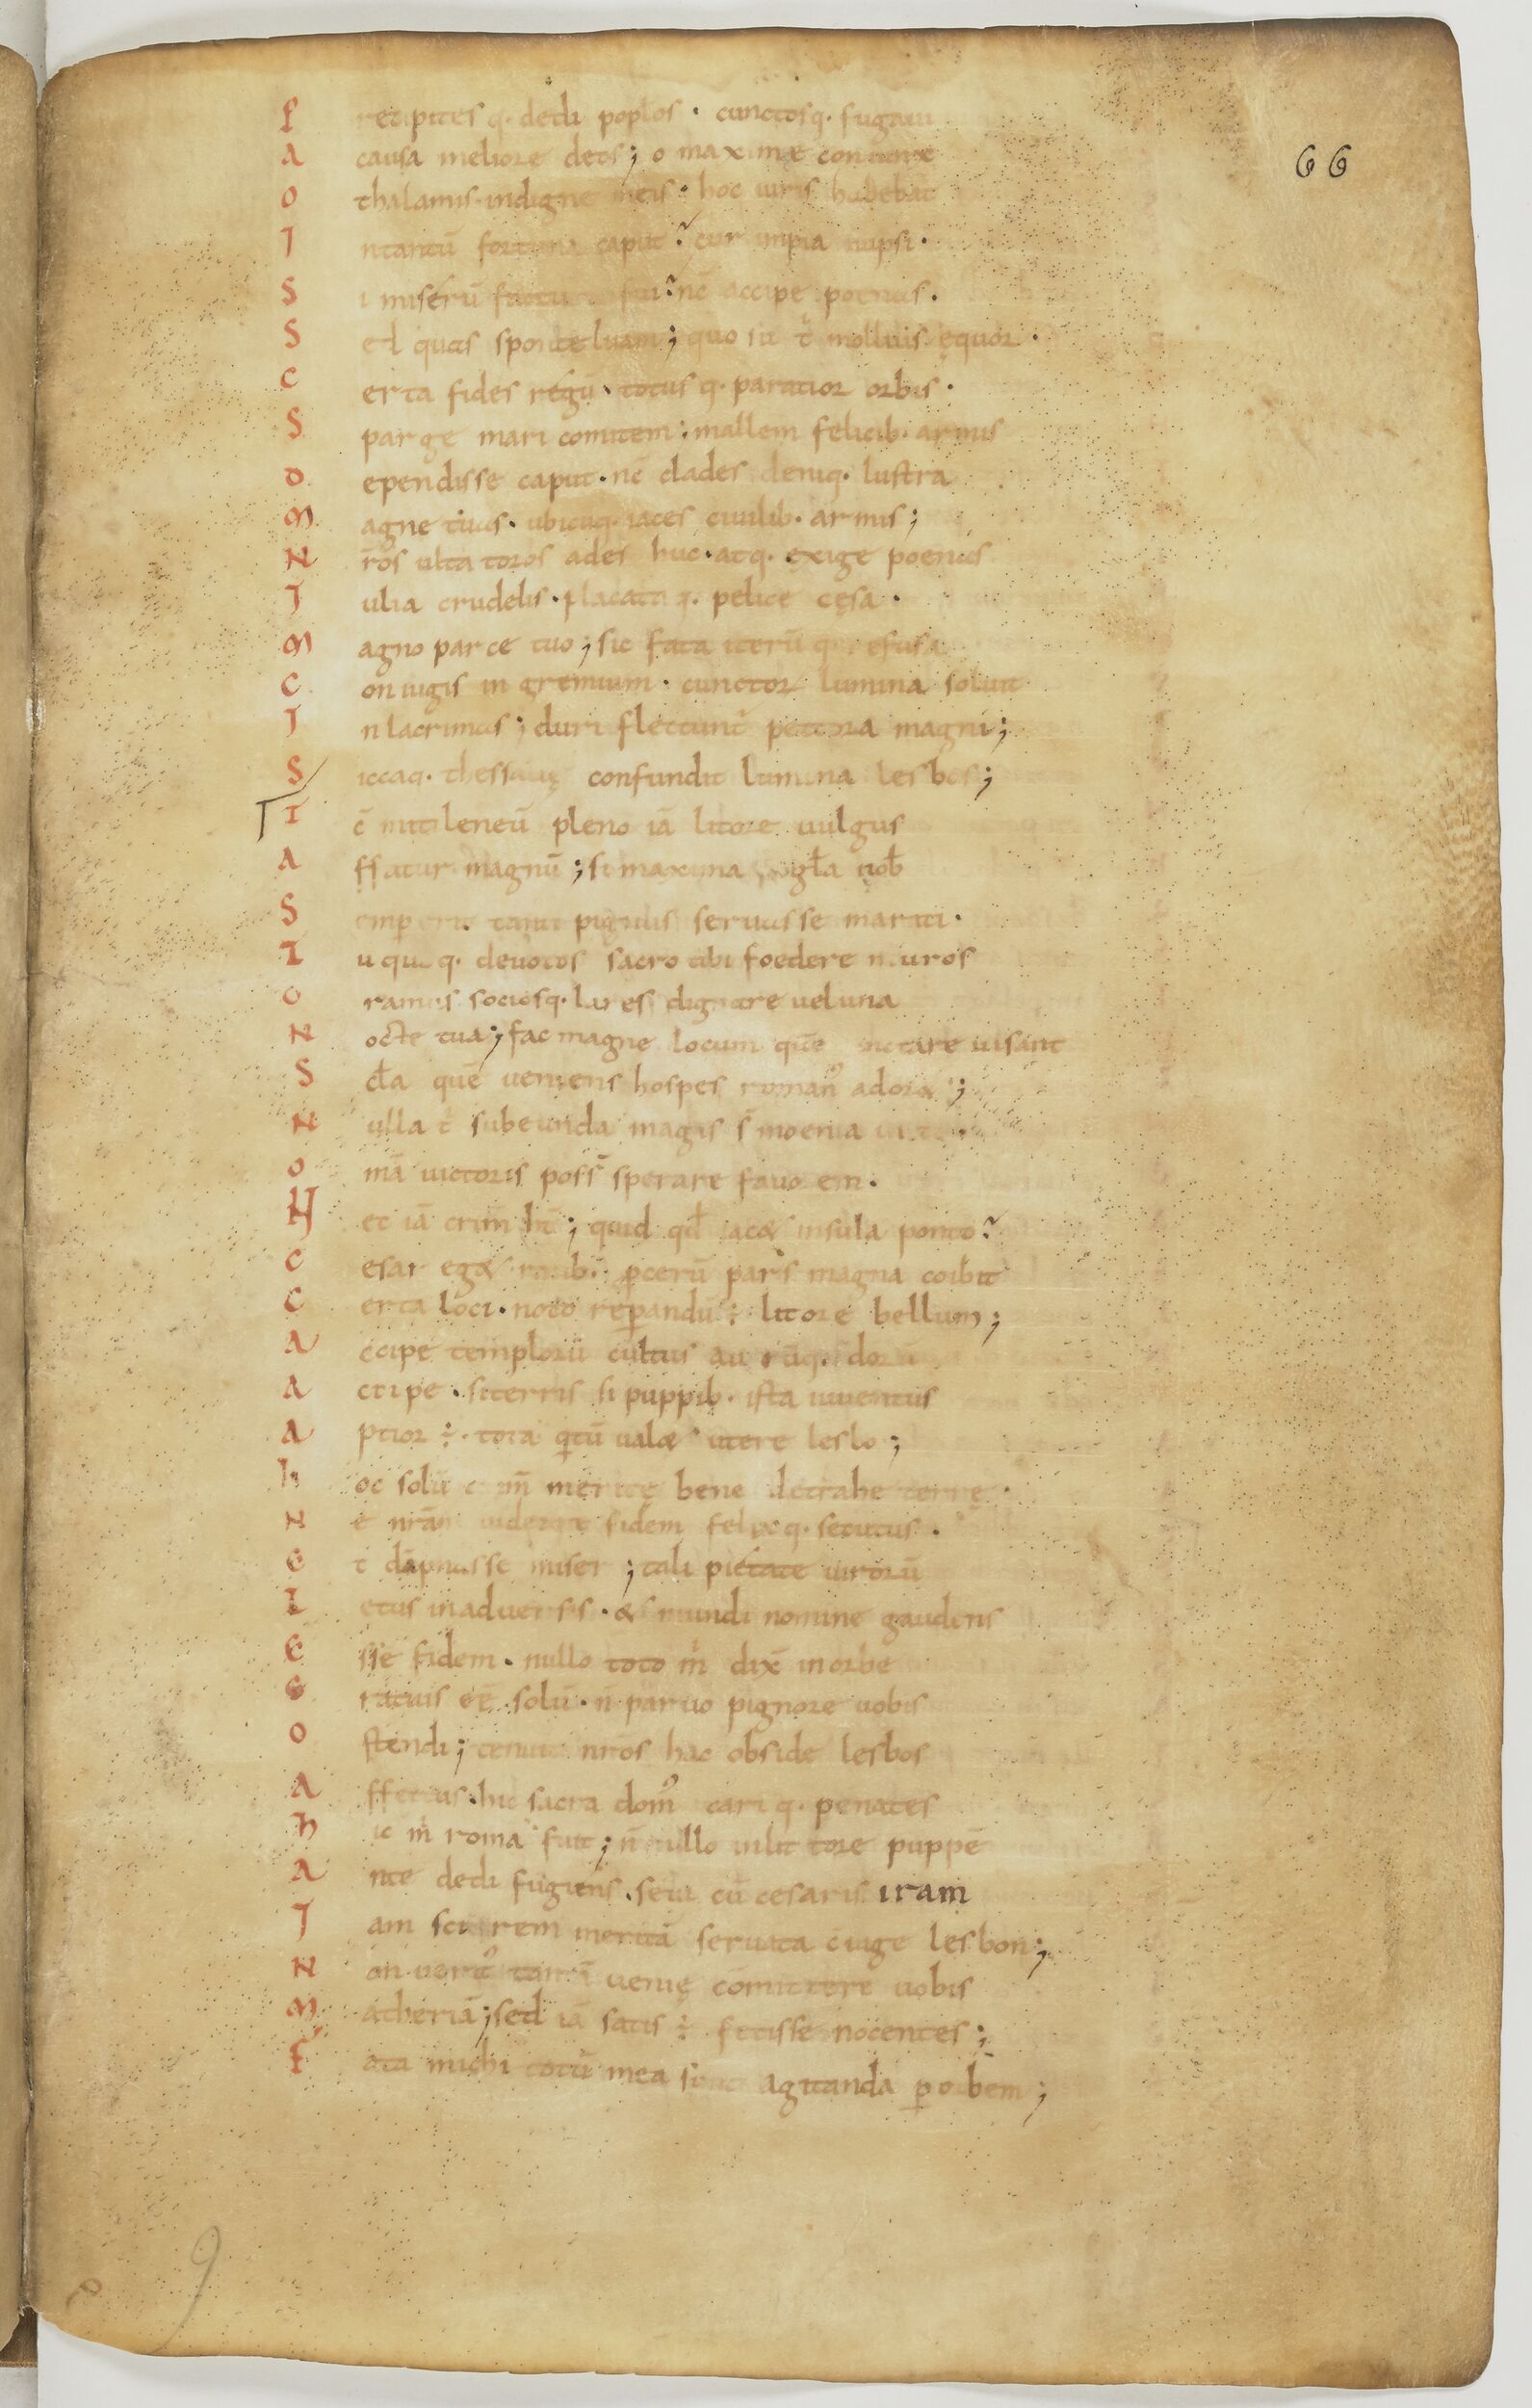
Shelfmark: Paris, BnF, lat. 17901
Century: 11